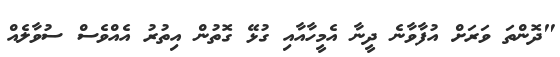
"ދޮންތަ ވަރަށް އުފާވާނެ ދީނާ އެމީހާއާއި ގުޅޭ ގޮތުން އިތުރު އެއްވެސް ސުވާލެއް